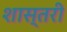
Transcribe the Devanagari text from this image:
शास्तरी